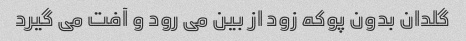
گلدان بدون پوکه زود از بین می رود و آفت می گیرد